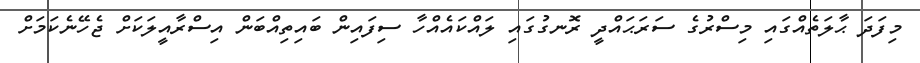
މިފަދަ ޙާލަތެއްގައި މިސްރުގެ ސަރަޙައްދީ ރޮނގުގައި ލައްކައެއްހާ ސިފައިން ބައިތިއްބަން އިސްރާއީލަކަށް ޖެހޭނެކަމަށް